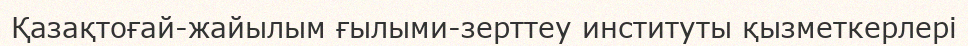
Қазақтоғай-жайылым ғылыми-зерттеу институты қызметкерлері